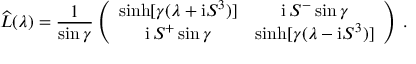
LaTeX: \widehat { L } ( \lambda ) = \frac { 1 } { \sin \gamma } \left( \begin{array} { c c } { { \sinh [ \gamma ( \lambda + \mathrm { i } S ^ { 3 } ) ] } } & { { \mathrm { i } \, S ^ { - } \sin \gamma } } \\ { { \mathrm { i } \, S ^ { + } \sin \gamma } } & { { \sinh [ \gamma ( \lambda - \mathrm { i } S ^ { 3 } ) ] } } \end{array} \right) \, .